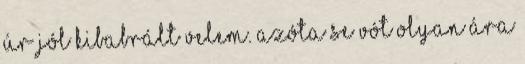
úr jól kibabrált velem. Azóta se vót olyan ára